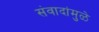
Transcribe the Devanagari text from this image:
संवादांमुळे